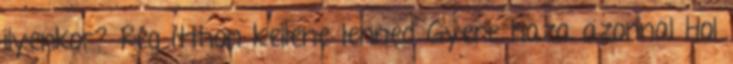
ilyenkor? Rég itthon kellene lenned Gyere haza azonnal Hol